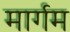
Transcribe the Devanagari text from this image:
मार्गम